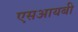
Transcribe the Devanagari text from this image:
एसआयबी